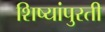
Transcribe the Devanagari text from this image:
शिष्यांपुरती